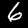
Digit: 6